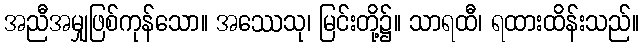
အညီအမျှဖြစ်ကုန်သော။ အဿေသု၊ မြင်းတို့၌။ သာရထီ၊ ရထားထိန်းသည်။